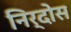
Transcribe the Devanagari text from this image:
निर्दोस